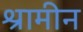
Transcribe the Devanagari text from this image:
श्रामीन